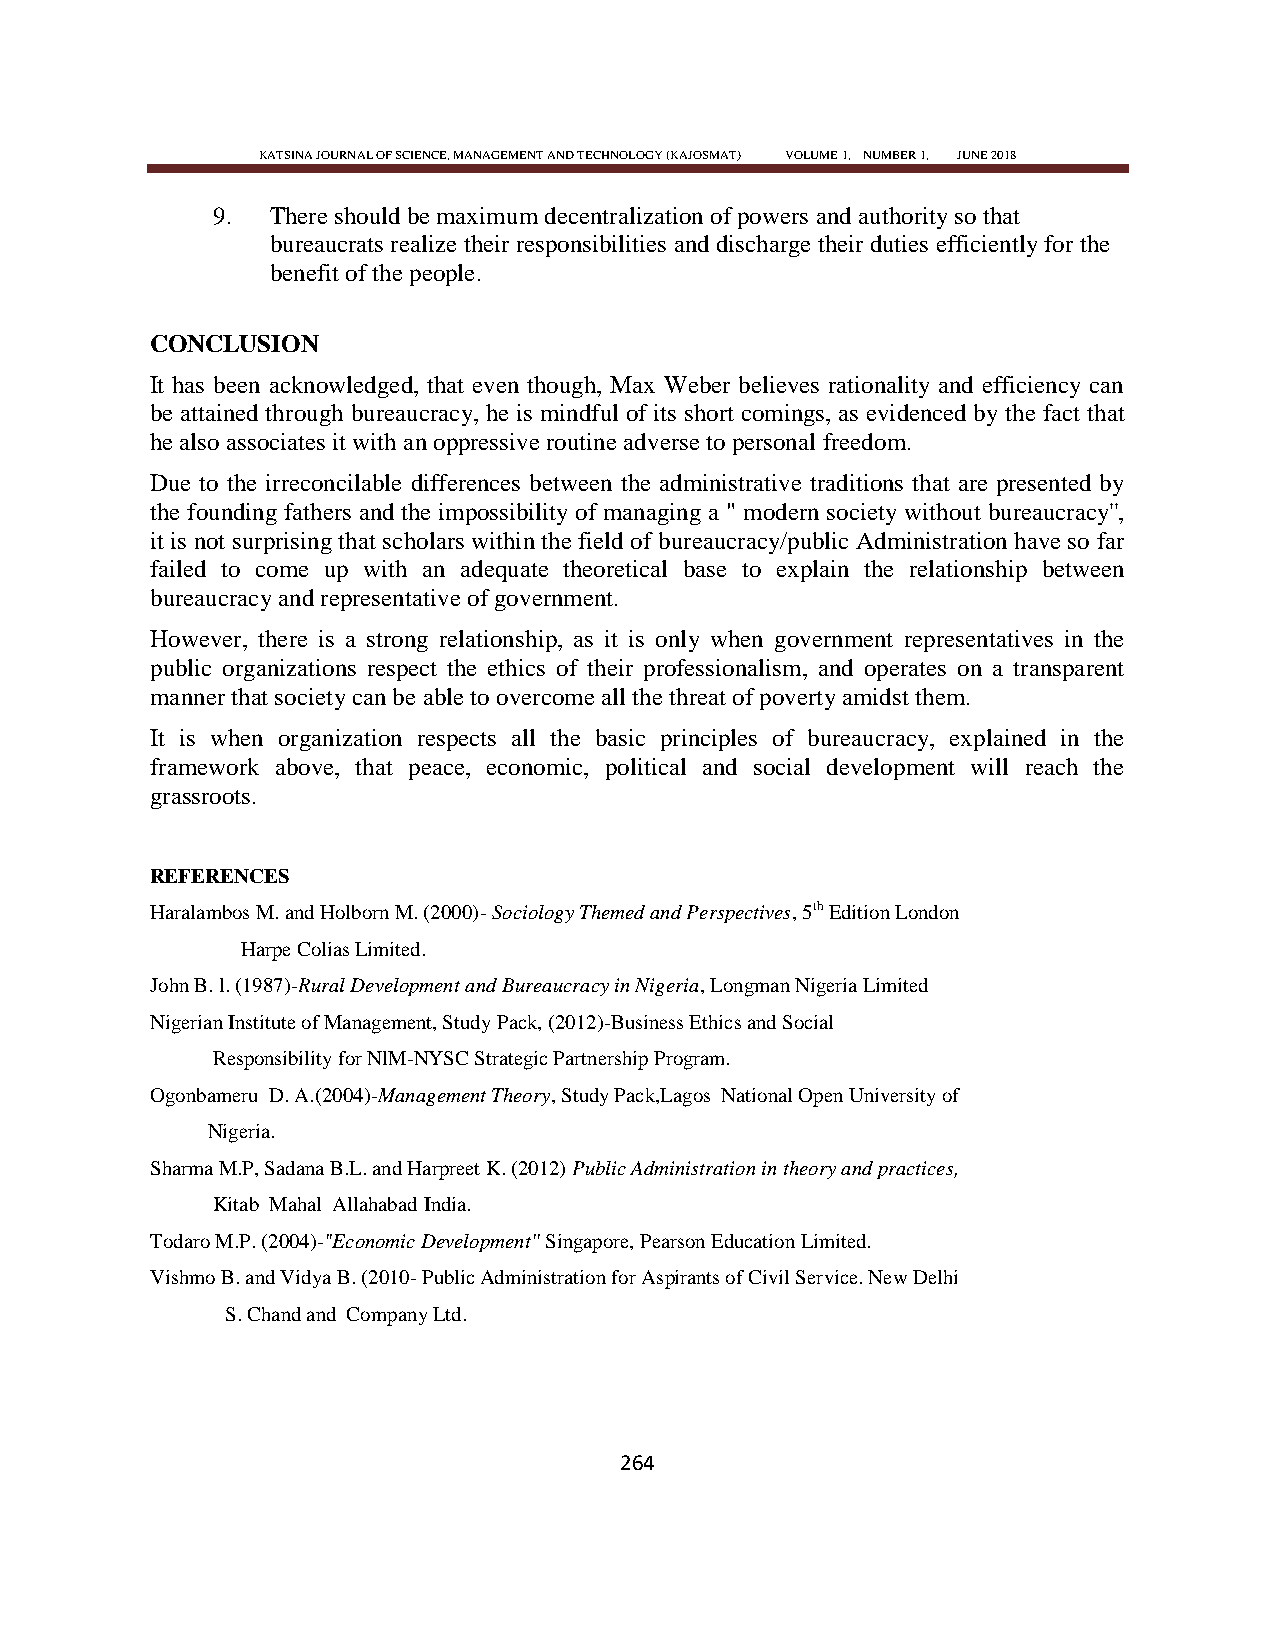
KATSINA JOURNAL OF SCIENCE, MANAGEMENT AND TECHNOLOGY (KAJOSMAT) VOLUME 1, NUMBER 1, JUNE 2018
 9.  There should be maximum decentralization of powers and authority so that
 bureaucrats realize their responsibilities and discharge their duties efficiently for the
 benefit of the people.
 CONCLUSION
 It has been acknowledged, that even though, Max Weber believes rationality and efficiency can
 be attained through bureaucracy, he is mindful of its short comings, as evidenced by the fact that
 he also associates it with an oppressive routine adverse to personal freedom.
 Due to the irreconcilable differences between the administrative traditions that are presented by
 the founding fathers and the impossibility of managing a " modern society without bureaucracy'',
 it is not surprising that scholars within the field of bureaucracy/public Administration have so far
 failed to come up with an adequate theoretical base to explain the relationship between
 bureaucracy and representative of government.
 However, there is a strong relationship, as it is only when government representatives in the
 public organizations respect the ethics of their professionalism, and operates on a transparent
 manner that society can be able to overcome all the threat of poverty amidst them.
 It is when organization respects all the basic principles of bureaucracy, explained in the
 framework above, that peace, economic, political and social development will reach the
 grassroots.
 REFERENCES
 Haralambos M. and Holborn M. (2000)- Sociology Themed and Perspectives, 5th Edition London
 Harpe Colias Limited.
 John B. l. (1987)-Rural Development and Bureaucracy in Nigeria, Longman Nigeria Limited
 Nigerian Institute of Management, Study Pack, (2012)-Business Ethics and Social
 Responsibility for NlM-NYSC Strategic Partnership Program.
 Ogonbameru D. A.(2004)-Management Theory, Study Pack,Lagos National Open University of
 Nigeria.
 Sharma M.P, Sadana B.L. and Harpreet K. (2012) Public Administration in theory and practices,
 Kitab Mahal Allahabad India.
 Todaro M.P. (2004)-''Economic Development'' Singapore, Pearson Education Limited.
 Vishmo B. and Vidya B. (2010- Public Administration for Aspirants of Civil Service. New Delhi
 S. Chand and Company Ltd.
 264